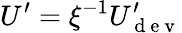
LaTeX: U^{\prime}=\xi^{-1}U_{\mathrm{~d~e~v~}}^{\prime}